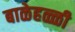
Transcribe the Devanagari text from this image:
बाळेहळ्ळी